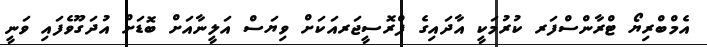
އެމްބްރިޔޯ ޓްރާންސްފަރ ކުރުމަކީ އާދައިގެ ޕްރޮސީޖަރއަކަށް ވިޔަސް އަލީނާއަށް ބޮޑަށް އުދަގޫވެފައި ވަނީ